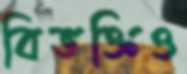
বিভক্তিও